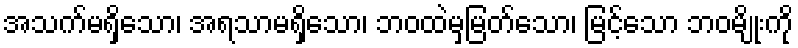
အသက်မရှိသော၊ အရသာမရှိသော၊ ဘဝထဲမှမြတ်သော၊ မြင့်သော ဘဝမျိုးကို